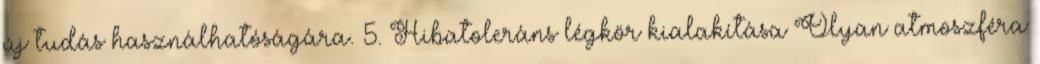
új tudás használhatóságára. 5. Hibatoleráns légkör kialakítása Olyan atmoszféra